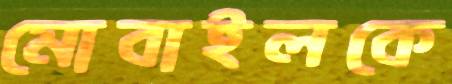
মোবাইলকে